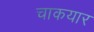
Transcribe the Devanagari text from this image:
चाकयार